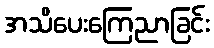
အသိပေးကြေညာခြင်း